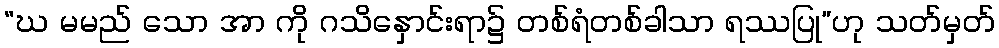
“ဃ မမည် သော အာ ကို ဂသိနှောင်းရာ၌ တစ်ရံတစ်ခါသာ ရဿပြု”ဟု သတ်မှတ်